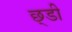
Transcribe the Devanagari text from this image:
छ्डी